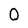
Character: 0